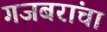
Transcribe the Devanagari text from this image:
गजबरांचा